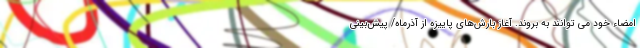
امضاء خود می توانند به بروند. آغاز بارش‌های پاییزه از آذرماه/ پیش‌بینی